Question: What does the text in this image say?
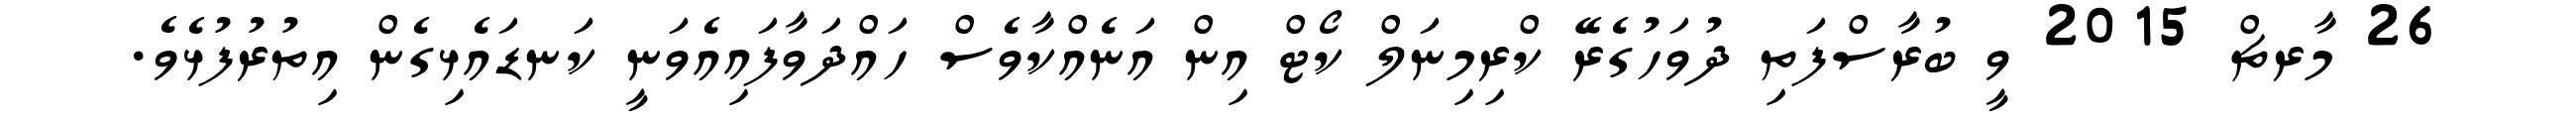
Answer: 26 މާރޗް 2015 ވީ ބުރާސްފަތި ދުވަހުގެރޭ ކްރިމިނަލް ކޯޓް އިން އަނެއްކާވެސް ހައްދަވާފައިއެވަނީ ކަނޑައެޅިގެން އިތުރުފުޅެވެ.